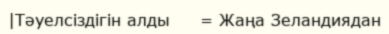
|Тәуелсіздігін алды     = Жаңа Зеландиядан